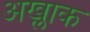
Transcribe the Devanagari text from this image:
अख्लाक